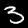
Label: 3